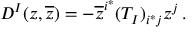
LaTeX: D ^ { I } ( z , \overline { { z } } ) = - \overline { { z } } ^ { i ^ { * } } ( T _ { I } ) _ { i ^ { * } j } z ^ { j } \, .